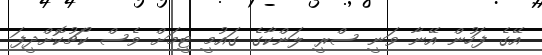
އޭގެ ފަހުން އޭނާ ވަނީ ސްރީ ލަންކާގެ ގައުމީ ޓީމަށް ވެސް ކޯޗުކޮށްދީފަ